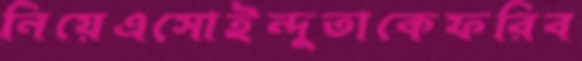
নিয়েএসোইন্দুতাকেফরিব